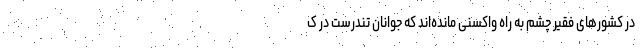
در کشورهای فقیر چشم به راه واکسنی مانده‌اند که جوانان تندرست در ک